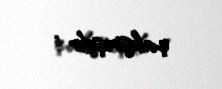
çalışmışdır .